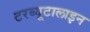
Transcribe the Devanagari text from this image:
टरब्यूटालाइन